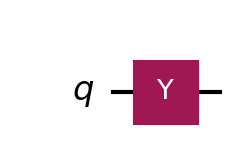
Description: Pauli-Y gate: bit-flip with phase
描述: Pauli-Y门：带相位的比特翻转
Category: gate_coverage (difficulty: basic)
Qubits: 1, circuit depth: 1

Braket implementation:
from braket.circuits import Circuit
circuit = Circuit().y(0)